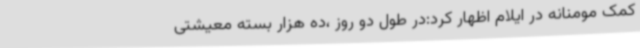
کمک مومنانه در ایلام اظهار کرد:در طول دو روز ،ده هزار بسته معیشتی